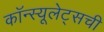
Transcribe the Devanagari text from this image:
कॉन्स्यूलेट्सची